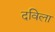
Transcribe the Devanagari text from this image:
दविला